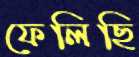
ফেলিছি